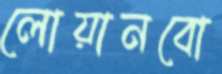
লোয়ানবো